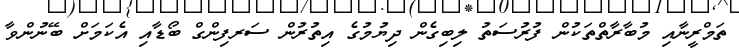
ތަމްރީނާއި މުބާރާތްތަކުން ފުރުސަތު ލިބިގެން ދިޔުމުގެ އިތުރުން ސަރފިންގް ބޯޑާއި އެކަމަށް ބޭނުންވާ